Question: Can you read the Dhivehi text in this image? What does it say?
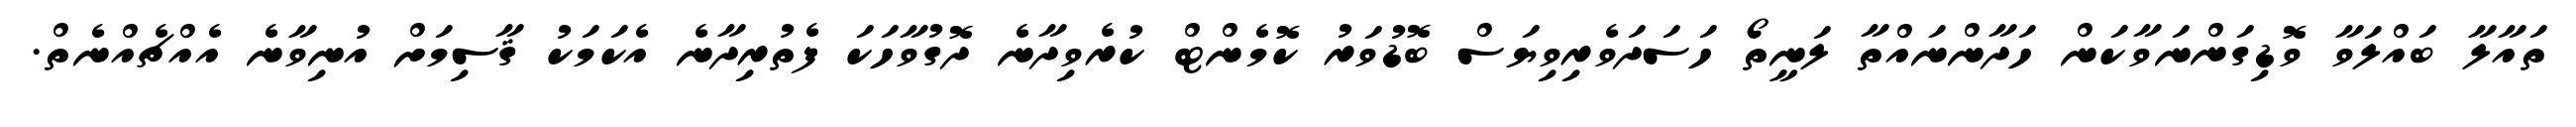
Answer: ތައާލާ ބައްލަވާ ވޮޑިގަންނަވާކަން ހަދާންނައްތާ ލަނީތޯ ހަސަދަވެރިވިޔަސް ބޮޑުވަރު ކޮމެންޓް ކުރެވިދާނެ ދޮގުވާހަކަ ފެތުރިދާނެ އެކަމަކު ޤާސިމަށް އުނިވާނެ އެއްޗެއްނެތް.